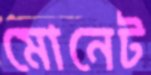
মোনেট